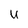
Character: U